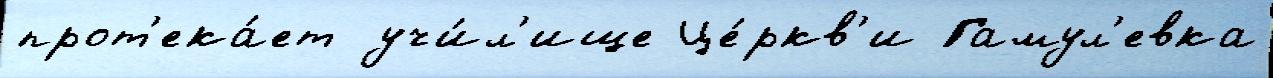
прот'ека́ет учи́л'ище Це́ркв'и Гамул'евка